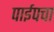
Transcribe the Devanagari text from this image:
पाईपचा